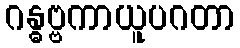
ဂန္ဓဗ္ဗကာယူပဂတာ